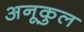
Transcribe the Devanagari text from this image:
अनूकुल